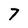
Character: 7